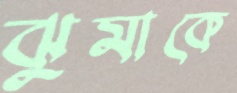
ঝুমাকে